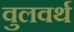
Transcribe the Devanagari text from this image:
वुलवर्थ